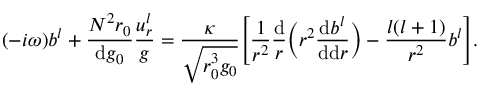
( - i \omega ) b ^ { l } + \frac { N ^ { 2 } r _ { 0 } } { \mathrm { d } g _ { 0 } } \frac { u _ { r } ^ { l } } { g } = \frac { \kappa } { \sqrt { r _ { 0 } ^ { 3 } g _ { 0 } } } \Bigg [ \frac { 1 } { r ^ { 2 } } \frac { \mathrm { d } } { r } \bigg ( r ^ { 2 } \frac { \mathrm { d } b ^ { l } } { \mathrm { d } \mathrm { d } r } \bigg ) - \frac { l ( l + 1 ) } { r ^ { 2 } } b ^ { l } \Bigg ] .